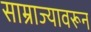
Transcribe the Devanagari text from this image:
साम्राज्यावरून